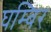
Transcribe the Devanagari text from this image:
घम्बिर